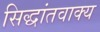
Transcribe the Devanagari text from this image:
सिद्धांतवाक्य